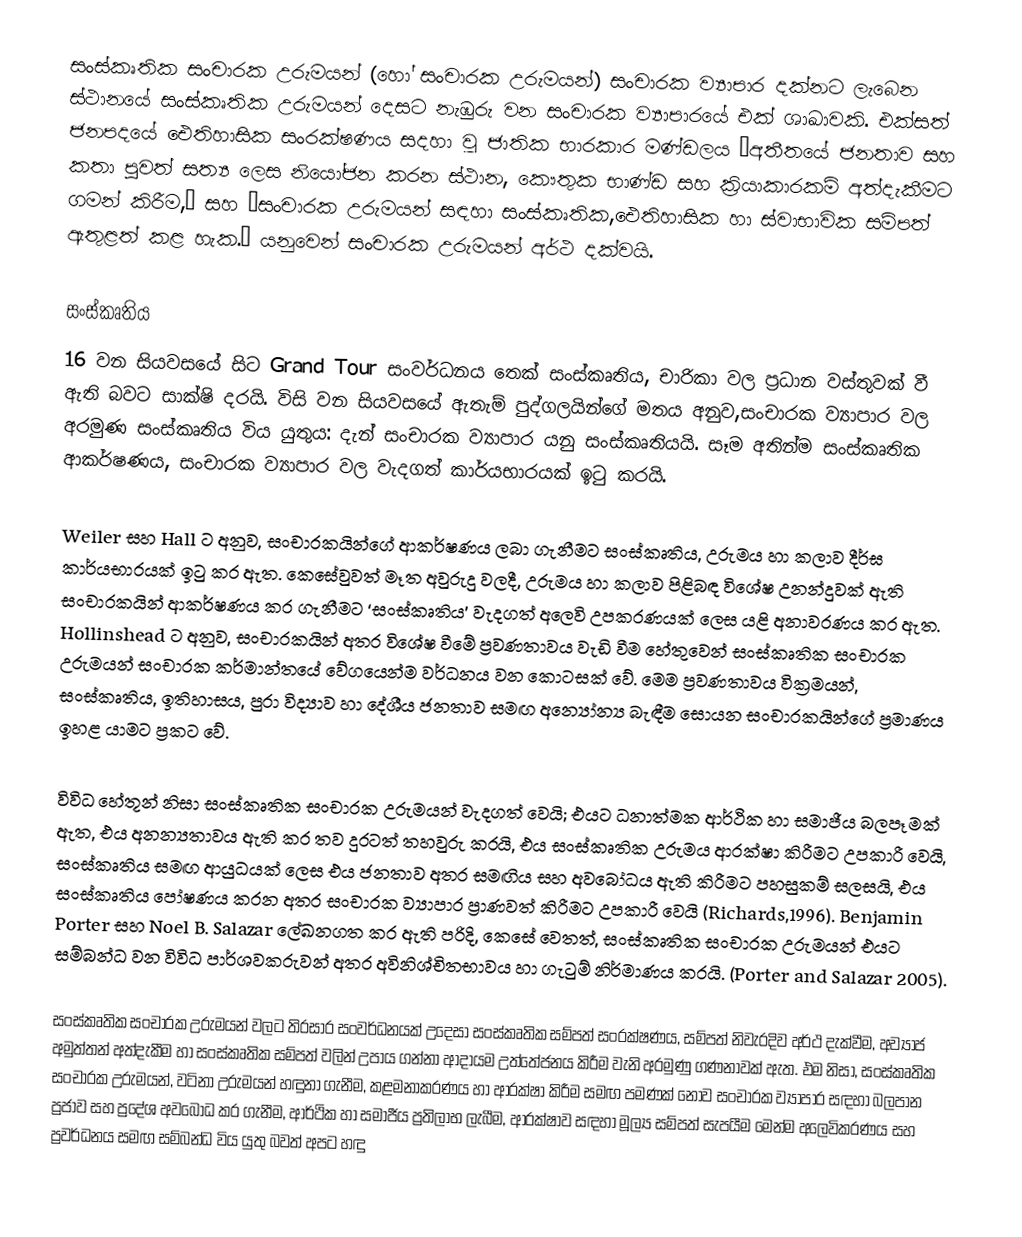
සංස්කෘතික සංචාරක උරුමයන් (හෝ සංචාරක උරුමයන්) සංචාරක ව්‍යාපාර දක්නට ලැබෙන ස්ථානයේ සංස්කෘතික උරුමයන් දෙසට  නැඹුරු වන සංචාරක ව්‍යාපාරයේ එක් ශාඛාවකි. එක්සත් ජනපදයේ ඓතිහාසික සංරක්ෂණය සදහා වූ ජාතික භාරකාර මණ්ඩලය “අතීතයේ ජනතාව  සහ කතා පුවත් සත්‍ය  ලෙස නියෝජන කරන ස්ථාන, කෞතුක භාණ්ඩ සහ ක්‍රියාකාරකම් අත්දැකීමට ගමන් කිරීම,” සහ “සංචාරක උරුමයන් සඳහා සංස්කෘතික,ඓතිහාසික හා ස්වාභාවික සම්පත් ඇතුළත් කළ හැක.” යනුවෙන් සංචාරක උරුමයන් අර්ථ දක්වයි.

සංස්කෘතිය
16 වන සියවසයේ සිට Grand Tour  සංවර්ධනය තෙක් සංස්කෘතිය, චාරිකා වල  ප්‍රධාන වස්තුවක් වී ඇති බවට සාක්ෂි දරයි. විසි වන සියවසයේ ඇතැම් පුද්ගලයින්ගේ මතය අනුව,සංචාරක ව්‍යාපාර වල අරමුණ සංස්කෘතිය විය යුතුය: දැන් සංචාරක ව්‍යාපාර යනු සංස්කෘතියයි. සෑම අතින්ම සංස්කෘතික ආකර්ෂණය, සංචාරක  ව්‍යාපාර වල වැදගත් කාර්යභාරයක් ඉටු කරයි.

Weiler  සහ Hall ට අනුව, සංචාරකයින්ගේ ආකර්ෂණය ලබා ගැනීමට සංස්කෘතිය, උරුමය හා කලාව දීර්ඝ කාර්යභාරයක් ඉටු කර ඇත. කෙසේවුවත් මෑත අවුරුදු වලදී, උරුමය හා කලාව පිළිබඳ විශේෂ උනන්දුවක් ඇති සංචාරකයින් ආකර්ෂණය කර ගැනීමට ‘සංස්කෘතිය’ වැදගත් අලෙවි උපකරණයක් ලෙස යළි අනාවරණය කර ඇත. Hollinshead ට අනුව, සංචාරකයින් අතර විශේෂ වීමේ ප්‍රවණතාවය වැඩි වීම හේතුවෙන් සංස්කෘතික සංචාරක උරුමයන් සංචාරක කර්මාන්තයේ වේගයෙන්ම වර්ධනය වන කොටසක් වේ. මෙම ප්‍රවණතාවය වික්‍රමයන්, සංස්කෘතිය, ඉතිහාසය, පුරා විද්‍යාව  හා දේශීය ජනතාව සමඟ  අන්‍යෝන්‍ය බැඳීම  සොයන සංචාරකයින්ගේ ප්‍රමාණය ඉහළ යාමට ප්‍රකට වේ.

විවිධ හේතූන් නිසා සංස්කෘතික සංචාරක උරුමයන් වැදගත් වෙයි; එයට ධනාත්මක ආර්ථික හා සමාජීය බලපෑමක් ඇත, එය අනන්‍යතාවය ඇති කර තව දුරටත් තහවුරු කරයි, එය සංස්කෘතික උරුමය ආරක්ෂා කිරීමට උපකාරී වෙයි, සංස්කෘතිය සමඟ ආයුධයක් ලෙස එය ජනතාව අතර සමඟිය සහ  අවබෝධය ඇති කිරීමට පහසුකම් සලසයි, එය සංස්කෘතිය පෝෂණය කරන අතර සංචාරක ව්‍යාපාර ප්‍රාණවත්  කිරීමට උපකාරී වෙයි (Richards,1996). Benjamin Porter  සහ  Noel B. Salazar ලේඛනගත කර ඇති පරිදි, කෙසේ වෙතත්, සංස්කෘතික  සංචාරක උරුමයන්  එයට සම්බන්ධ වන විවිධ පාර්ශවකරුවන් අතර අවිනිශ්චිතභාවය හා ගැටුම් නිර්මාණය කරයි. (Porter and Salazar 2005).

සංස්කෘතික  සංචාරක උරුමයන්  වලට  තිරසාර සංවර්ධනයක් උදෙසා සංස්කෘතික සම්පත් සංරක්ෂණය, සම්පත් නිවැරදිව අර්ථ දැක්වීම, අව්‍යාජ අමුත්තන් අත්දැකීම හා සංස්කෘතික සම්පත් වලින් උපාය ගන්නා ආදායම උත්තේජනය කිරීම වැනි අරමුණු ගණනාවක් ඇත. එම නිසා, සංස්කෘතික  සංචාරක උරුමයන්, වටිනා උරුමයන් හඳුනා ගැනීම, කළමනාකරණය හා ආරක්ෂා කිරීම සමඟ පමණක් නොව සංචාරක ව්‍යාපාර සඳහා බලපාන ප්‍රජාව සහ  ප්‍රදේශ අවබෝධ කර ගැනීම, ආර්ථික හා සමාජීය  ප්‍රතිලාභ ලැබීම, ආරක්ෂාව සඳහා මූල්‍ය  සම්පත් සැපයීම මෙන්ම අලෙවිකරණය සහ ප්‍රවර්ධනය සමඟ සම්බන්ධ විය යුතු බවත් අපට හඳු